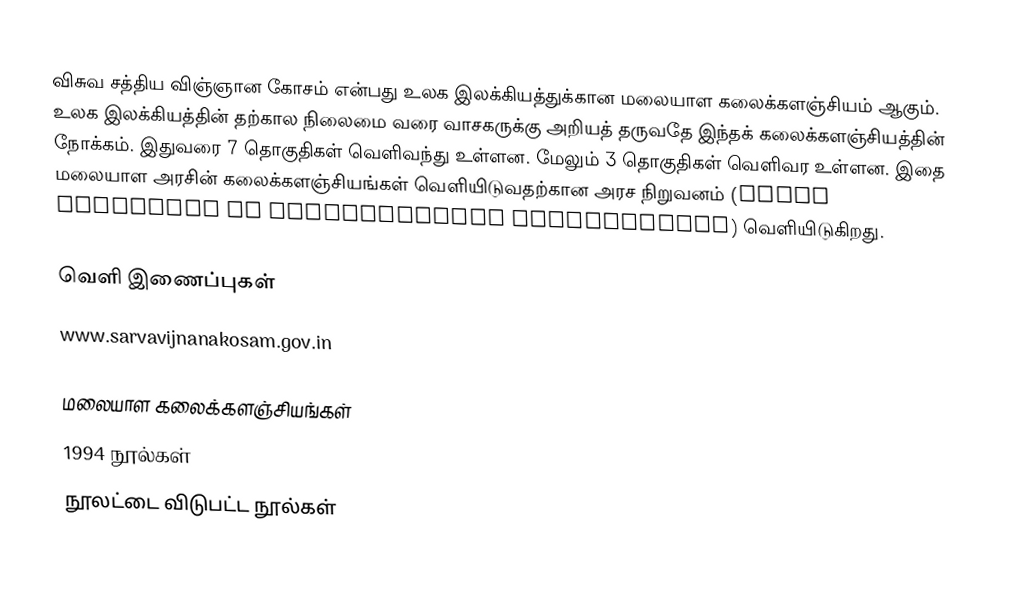
விசுவ சத்திய விஞ்ஞான கோசம் என்பது உலக இலக்கியத்துக்கான மலையாள கலைக்களஞ்சியம் ஆகும்.  உலக இலக்கியத்தின் தற்கால நிலைமை வரை வாசகருக்கு அறியத் தருவதே இந்தக் கலைக்களஞ்சியத்தின் நோக்கம்.  இதுவரை 7 தொகுதிகள் வெளிவந்து உள்ளன.  மேலும் 3 தொகுதிகள் வெளிவர உள்ளன.  இதை மலையாள அரசின் கலைக்களஞ்சியங்கள் வெளியிடுவதற்கான அரச நிறுவனம் (State Institute of Encyclopaedic Publications) வெளியிடுகிறது.

வெளி இணைப்புகள்
 www.sarvavijnanakosam.gov.in

மலையாள கலைக்களஞ்சியங்கள்
1994 நூல்கள்
நூலட்டை விடுபட்ட நூல்கள்